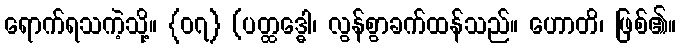
ရောက်ရသကဲ့သို့။ {၀၇} (ပတ္ထဒ္ဓေါ၊ လွန်စွာခက်ထန်သည်။ ဟောတိ၊ ဖြစ်၏။